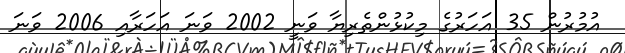
އުމުރުން 35 އަހަރުގެ މިކުޅުންތެރިޔާ ވަނީ 2002 ވަނަ އަަހަރާއި 2006 ވަނަ